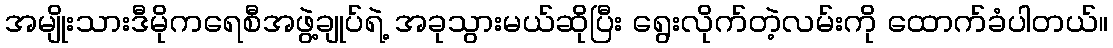
အမျိုးသားဒီမိုကရေစီအဖွဲ့ချုပ်ရဲ့ အခုသွားမယ်ဆိုပြီး ရွေးလိုက်တဲ့လမ်းကို ထောက်ခံပါတယ်။